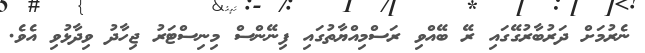
ނެރުމަށް ދަރުބާރުގޭގައި ރޭ ބޭއްވި ރަސްމިއްޔާތުގައި ފިނޭންސް މިނިސްޓަރު ޖިހާދު ވިދާޅުވި އެވެ.